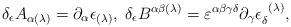
LaTeX: \begin{align*}\delta _{\epsilon }A_{\alpha (\lambda )}=\partial _{\alpha }\epsilon_{(\lambda )},\;\delta _{\epsilon }B^{\alpha \beta (\lambda )}=\varepsilon^{\alpha \beta \gamma \delta }\partial _{\gamma }\epsilon _{\delta}^{\;\;(\lambda )}, \end{align*}